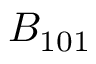
{ \cal B } _ { 1 0 1 }